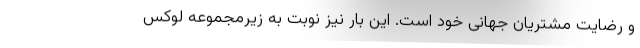
و رضایت مشتریان جهانی خود است. این بار نیز نوبت به زیرمجموعه لوکس